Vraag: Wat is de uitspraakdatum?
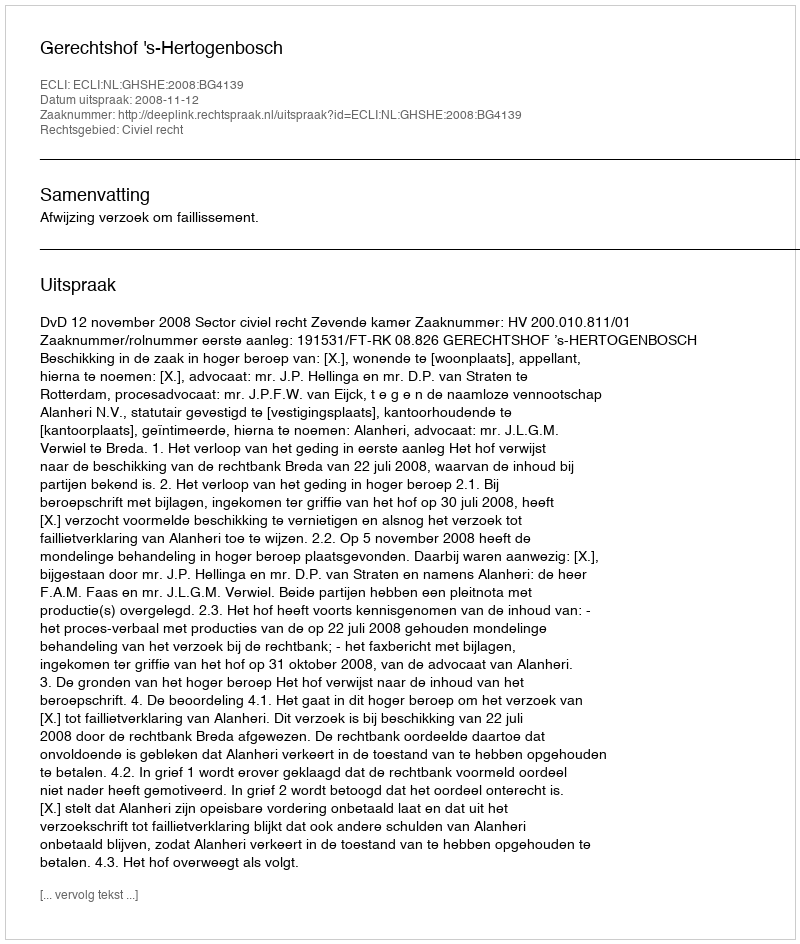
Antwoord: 2008-11-12